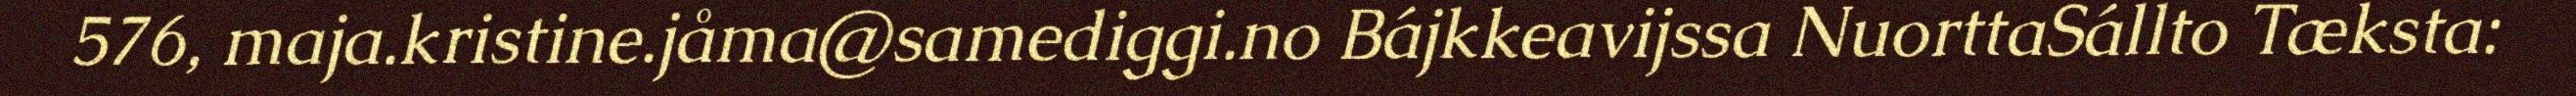
576, maja.kristine.jåma@samediggi.no Bájkkeavijssa NuorttaSállto Tæksta: